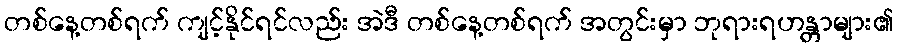
တစ်နေ့တစ်ရက် ကျင့်နိုင်ရင်လည်း အဲဒီ တစ်နေ့တစ်ရက် အတွင်းမှာ ဘုရားရဟန္တာများ၏